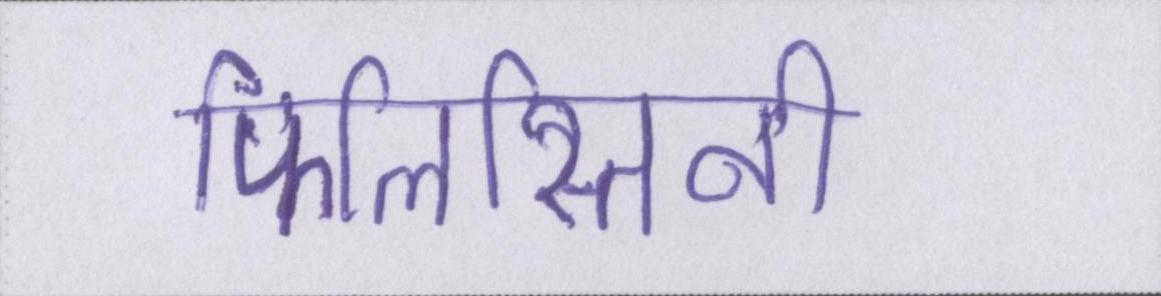
फिलिस्तिनी